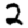
Digit: 2